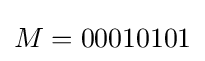
M=00010101